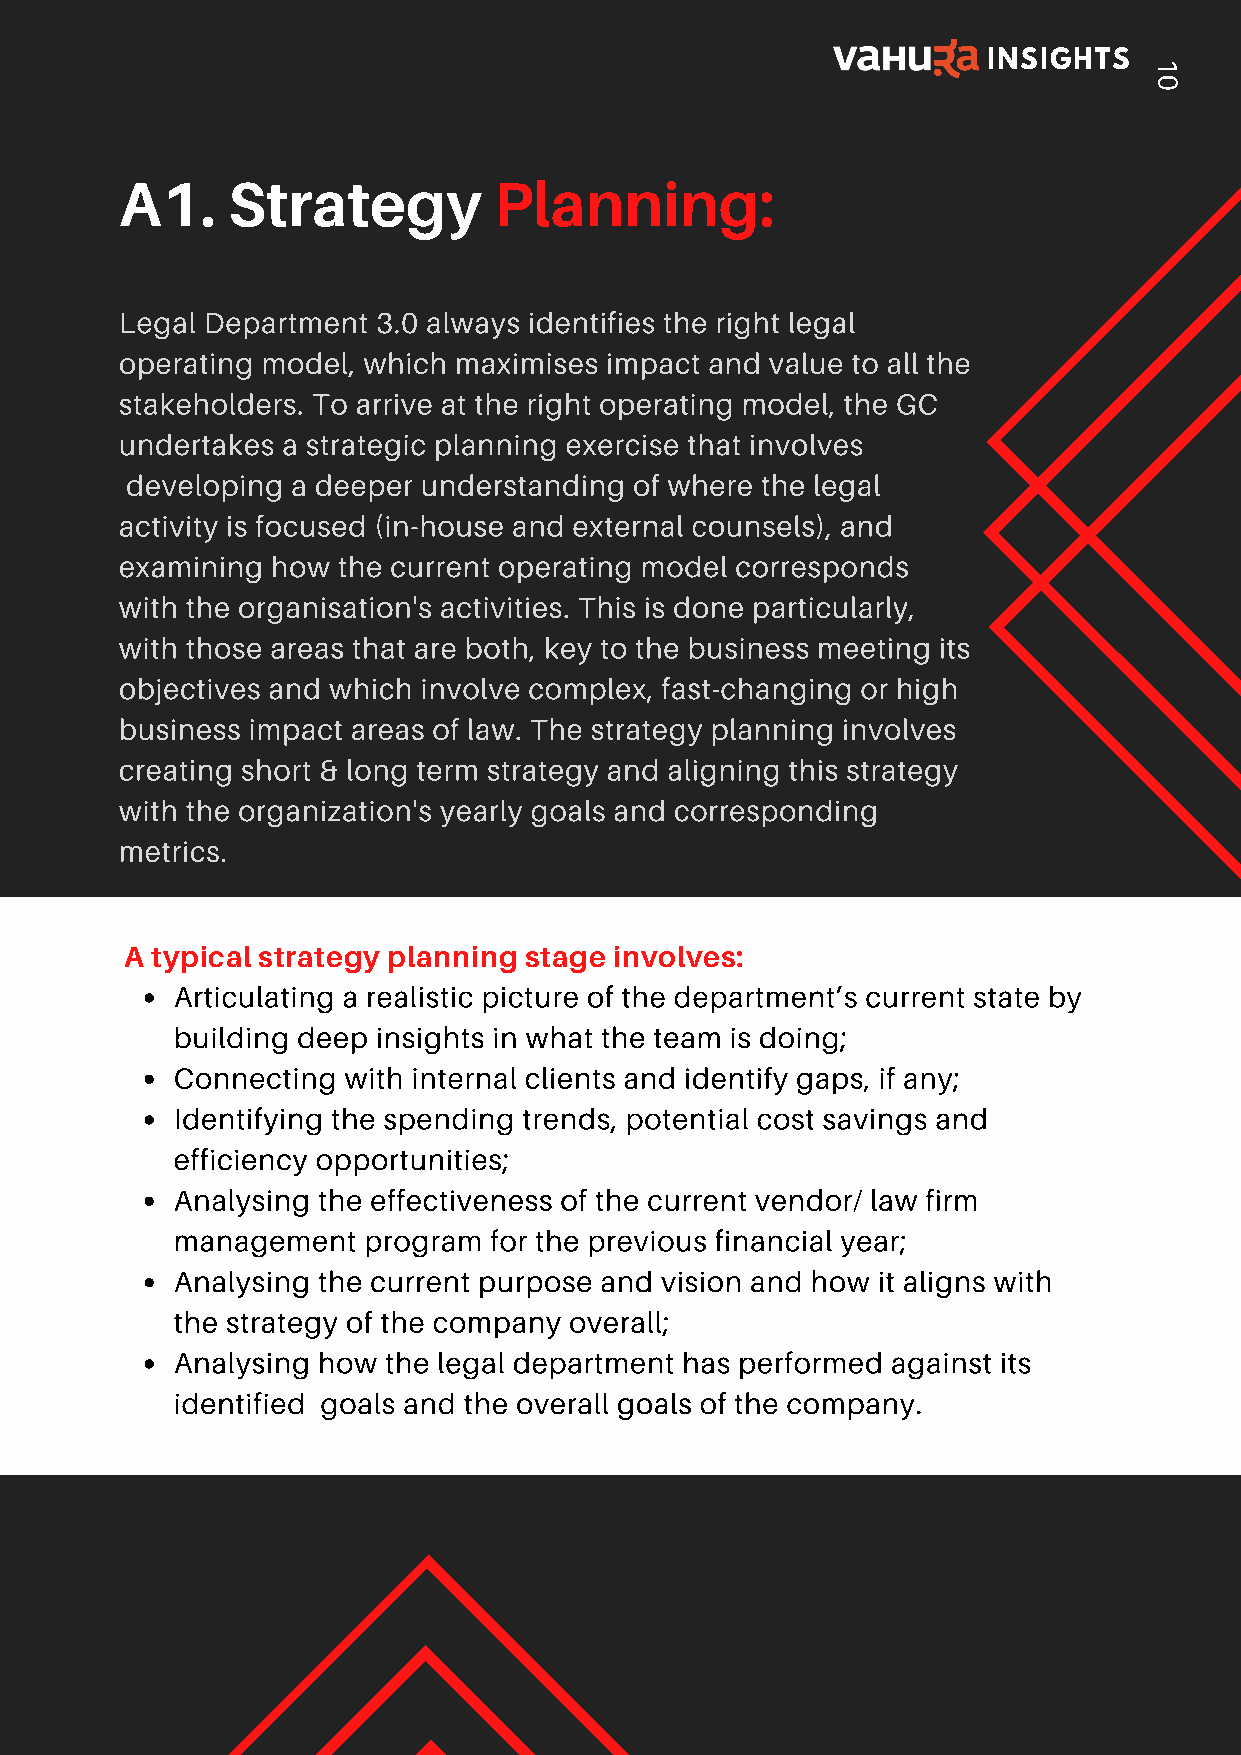
INSIGHTS
 1
 0
 A1.    Strategy          Planning:
 Legal Department 3.0 always identifies the right legal
 operating model, which maximises impact and value to all the
 stakeholders. To arrive at the right operating model, the GC
 undertakes a strategic planning exercise that involves
 developing a deeper understanding of where the legal
 activity is focused (in-house and external counsels), and
 examining how the current operating model corresponds
 with the organisation's activities. This is done particularly,
 Bweiftohr eth eovseen tayrpeinags tyhoautr raerpeo brto, ftihrs,t ktaekye t toh eth tiem be utos icnoensssid mere wehtion tgh eits
 report is for. One good rule of thumb to remember is that the higher up
 objectives and which involve complex, fast-changing or high
 the stakeholder is in the organizational ladder, the more succinct the
 business impact areas of law. The strategy planning involves
 report needs to be.
 creating short & long term strategy and aligning this strategy
 with the organization's yearly goals and corresponding
 metrics.
 A typical strategy planning stage involves:
 Articulating a realistic picture of the department’s current state by
 building deep insights in what the team is doing;
 Connecting with internal clients and identify gaps, if any;
 Identifying the spending trends, potential cost savings and
 efficiency opportunities;
 Analysing the effectiveness of the current vendor/ law firm
 management  program for the previous financial year;
 Analysing the current purpose and vision and how it aligns with
 the strategy of the company overall;
 Analysing how the legal department has performed against its
 identified goals and the overall goals of the company.